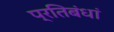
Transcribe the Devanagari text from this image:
प्रतिबंधां